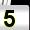
Digit: 5